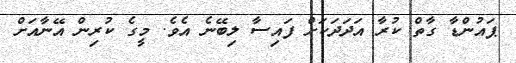
ޕައުންޑާ ގާތް ކުރާ އަދަދަކަށް ފައިސާ ލިބޭނެ އެވެ. މީގެ ކުރިން އޭނާއަށް